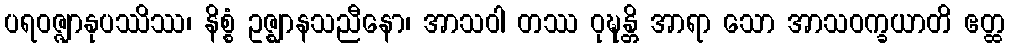
ပရဝဇ္ဇျာနုပဿိဿ၊ နိစ္စံ ဥဇ္ဈာနသညီနော၊ အာသဝါ တဿ ဝုဍ္ဎန္တိ အာရာ သော အာသဝက္ခယာတိ ဧတ္ထ